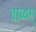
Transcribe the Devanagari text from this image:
वाच्यम्